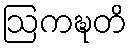
ဩကဍ္ဎတိ